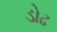
ડોઢ